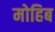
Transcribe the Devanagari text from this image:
मोहिब